Civil Veterinary Department. United Provinces 1932-42 - 1932-1942
Year: 1932
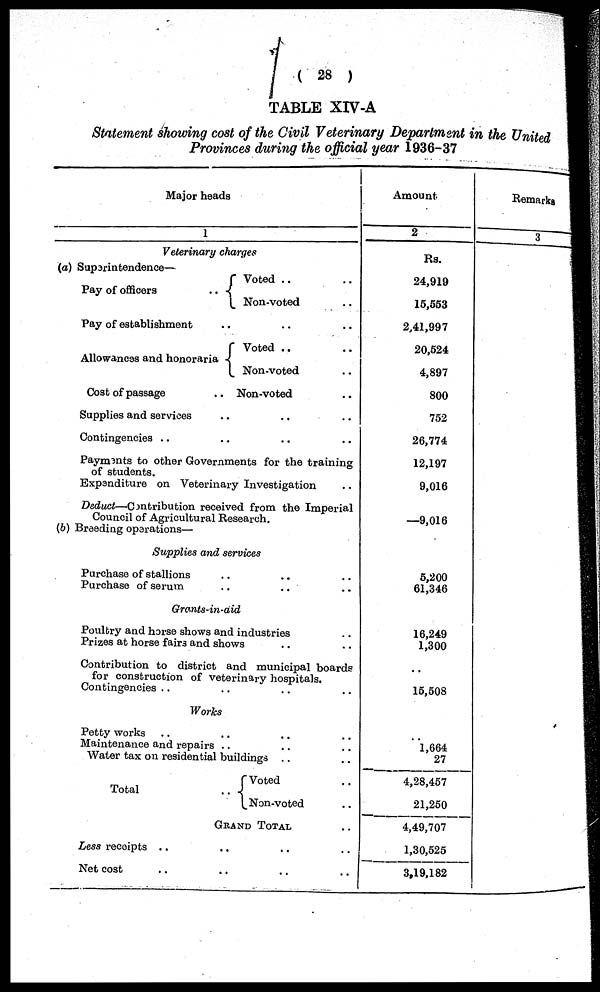
(28)
TABLE XIV-A
Statement showing cost of the Civil Veterinary Department in the United
Provinces during the official year 1936-37
Major heads
1
Veterinary charges
(a) Superintendence—
Pay of officers
..
Voted .. ..
Non-voted ..
Pay of establishment .. .. ..
Allowances and honoraria
Voted .. ..
Non-voted ..
Cost of passage
.. Non-voted ..
Supplies and services .. .. ..
Contingencies .. .. .. ..
Payments to other Governments for the training
of students.
Expenditure on Veterinary Investigation ..
Deduct—Contribution
received from the Imperial
Council of Agricultural Research.
(b) Breeding operations—
Supplies and services
Purchase of stallions .. .. .. ..
Purchase of serum .. .. ..
Grants-in-aid
Poultry and horse shows and industries ..
Prizes at horse fairs and shows .. ..
Contribution to district and municipal boards
for construction of veterinary hospitals.
Contingencies .. .. .. ..
Works
Petty works .. .. .. ..
Maintenance and repairs .. .. ..
Water tax on residential buildings .. .. ..
Total
..
Voted ..
Non-voted ..
GRAND TOTAL ..
Less receipts .. .. .. ..
Net cost .. .. .. ..
Amount
2
Rs.
24,919
15,553
2,41,997
20,524
4,897
800
752
26,774
12,197
9,016
—9,016
5,200
61,346
16,249
1,300
15,508
1,664
27
4,28,457
21,250
4,49,707
1,30,525
3,19,182
Remarks
3